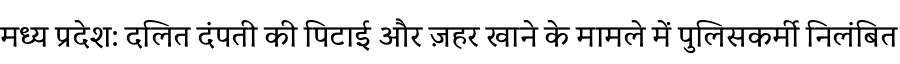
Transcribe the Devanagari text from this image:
मध्य प्रदेश: दलित दंपती की पिटाई और ज़हर खाने के मामले में पुलिसकर्मी निलंबित